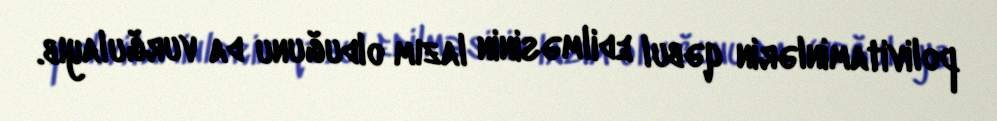
polivitaminlərin qəbul edilməsinin lazım olduğunu da vurğulayıb.